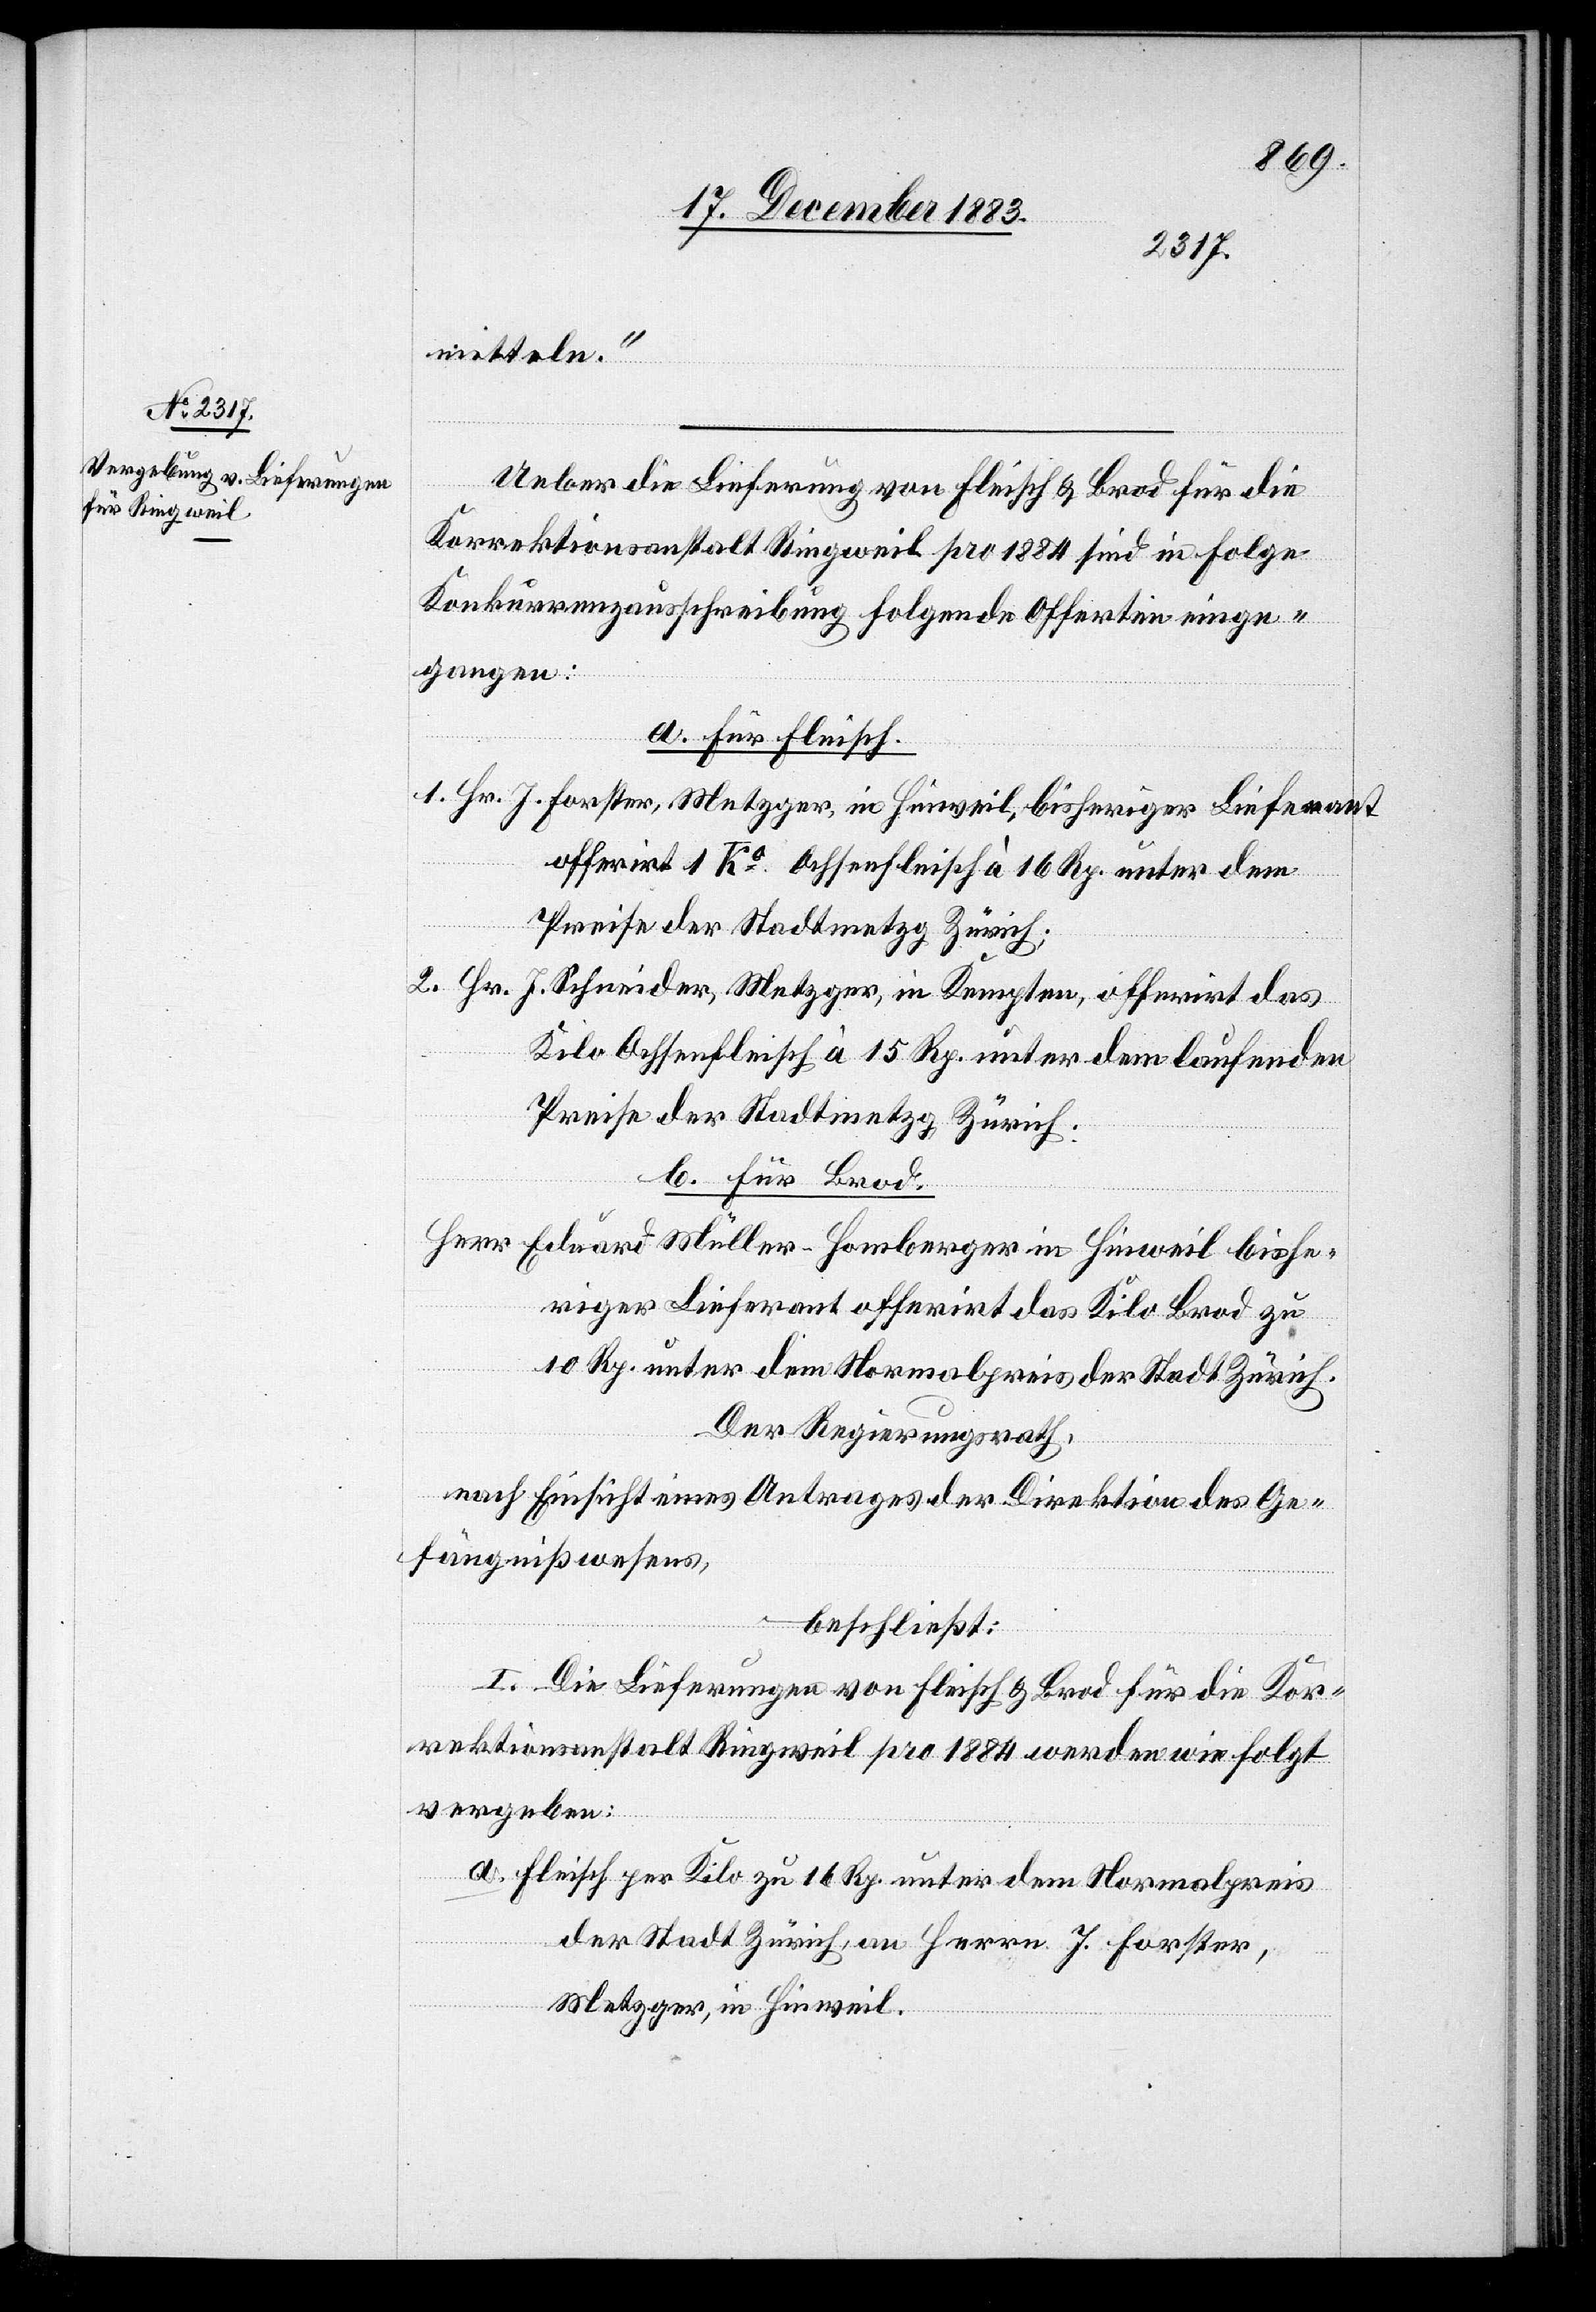
mitteln.“
Ueber die Lieferung von Fleisch & Brod für die
Korrektionsanstalt Ringweil pro 1884 sind in Folge
Konkurrenzausschreibung folgende Offerten einge¬
gangen:
a. Für Fleisch.
1. Hr. J. Forster, Metzger, in Hinweil, bisheriger Lieferant
offerirt 1 Ko Ochsenfleisch à 16 Rp. unter dem
Preise der Stadtmetzg Zürich;
2. Hr. J. Schneider, Metzger, in Kempten, offerirt das
Kilo Ochsenfleisch à 15 Rp. unter dem laufenden
Preise der Stadtmetzg Zürich.
b. Für Brod.
Herr Eduard Müller-Homberger in Hinweil bishe¬
riger Lieferant offerirt das Kilo Brod zu
10 Rp. unter dem Normalpreis der Stadt Zürich.
Der Regierungsrath,
nach Einsicht eines Antrages der Direktion des Ge¬
fängnißwesens,
beschließt:
I. Die Lieferungen von Fleisch & Brod für die Kor¬
rektionsanstalt Ringweil pro 1884 werden wie folgt
vergeben:
a. Fleisch per Kilo zu 16 Rp. unter dem Normalpreis
der Stadt Zürich, an Herrn J. Forster,
Metzger, in Hinweil.